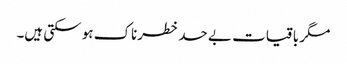
مگر باقیات بے حد خطرناک ہو سکتی ہیں۔